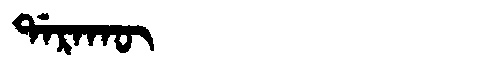
Manchu: ᡩᠠᡵᠠᡴᡡ
Romanization: DARAKŪ